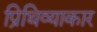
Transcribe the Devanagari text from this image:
प्रिथिव्याकार